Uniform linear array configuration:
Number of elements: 12
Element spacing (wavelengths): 0.75
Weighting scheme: blackman
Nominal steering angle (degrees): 45
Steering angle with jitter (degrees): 45.735
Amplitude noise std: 0.05
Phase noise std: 0.05

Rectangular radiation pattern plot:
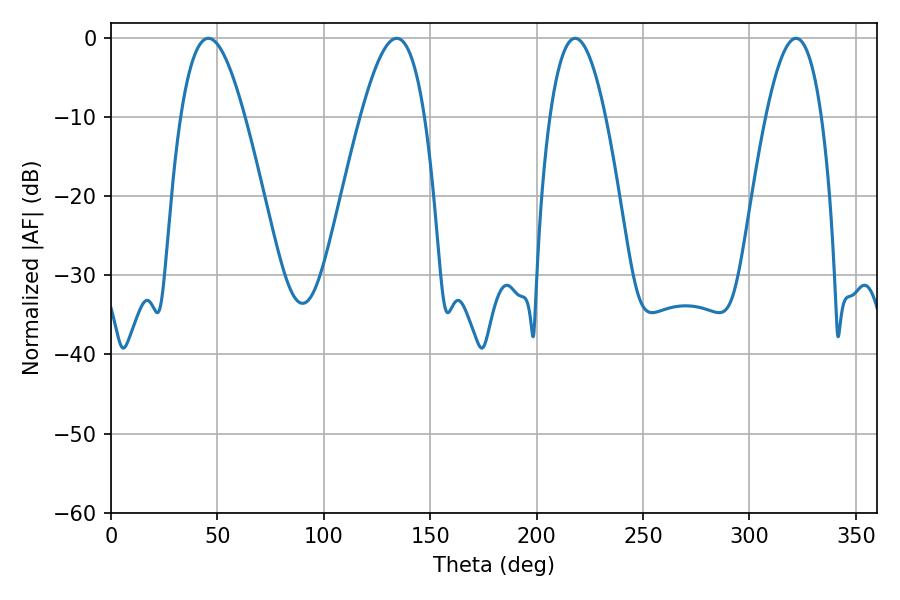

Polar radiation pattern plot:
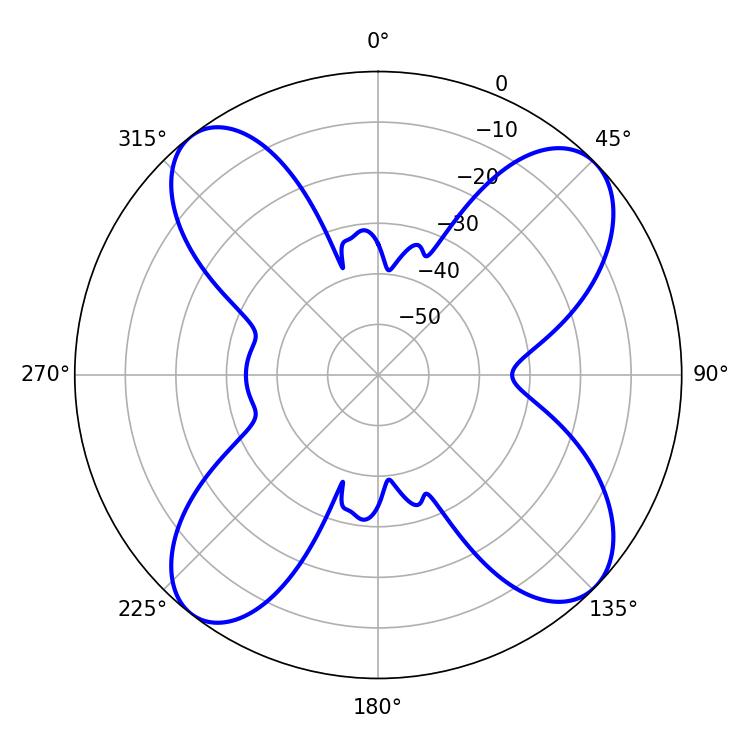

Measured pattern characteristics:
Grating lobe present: TRUE
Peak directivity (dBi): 12.498
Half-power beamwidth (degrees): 16.38
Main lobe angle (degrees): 45.72